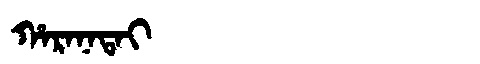
Manchu: ᡥᠠᡵᠠᠨᠠᡨᠠᡳ
Romanization: HARANATAI